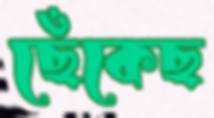
ছেঁকেছ